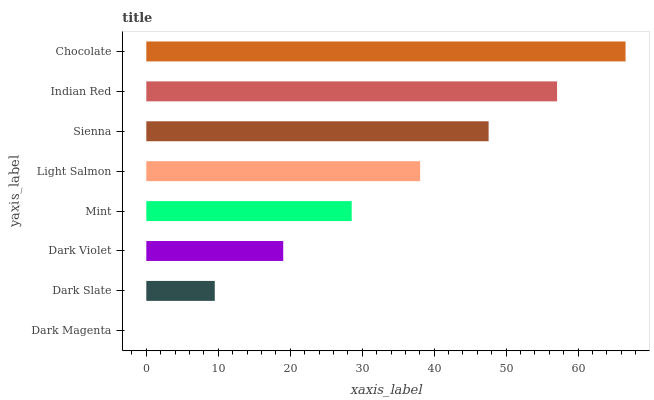
| yaxis_label | bars |
 | --- | --- |
 | Dark Magenta | 0 |
 | Dark Slate | 9.51 |
 | Dark Violet | 19 |
 | Mint | 28.5 |
 | Light Salmon | 38.1 |
 | Sienna | 47.6 |
 | Indian Red | 57.1 |
 | Chocolate | 66.6 |